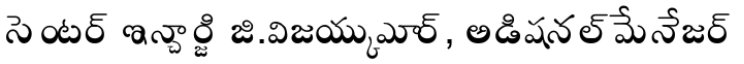
సెంటర్ ఇన్చార్జి జి.విజయ్కుమార్, అడిషనల్ మేనేజర్